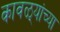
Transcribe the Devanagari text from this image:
कावळ्यांच्या